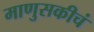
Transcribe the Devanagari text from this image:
माणुसकीचं